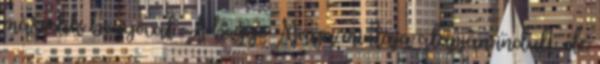
második bogyóval. A bogyó Maya mintája alapján indult, de